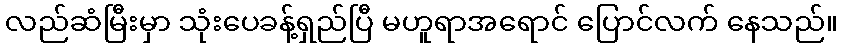
လည်ဆံမြီးမှာ သုံးပေခန့်ရှည်ပြီ မဟူရာအရောင် ပြောင်လက် နေသည်။